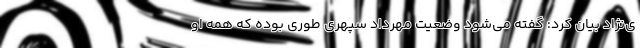
ی‌نژاد بیان کرد: گفته می‌شود وضعیت مهرداد سپهری طوری بوده که همه او